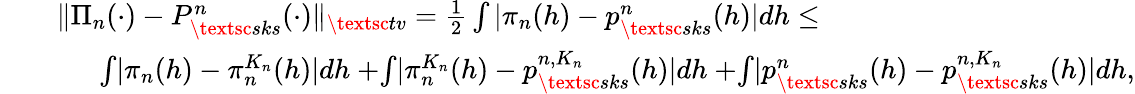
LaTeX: \begin{array}{r}{\begin{array}{rl}{\quad}&{\| \Pi_{n}(\cdot)-P_{\textsc{sks}}^{n}(\cdot)\| _{\textsc{tv}}=\frac{1}{2}\int|\pi_{n}(h)-p_{\textsc{sks}}^{n}(h)|dh\leq}\\ &{\quad\ \ {\int}|\pi_{n}(h)-\pi_{n}^{K_{n}}(h)|dh\ {+}{\int}|\pi_{n}^{K_{n}}(h)-p_{\textsc{sks}}^{n,K_{n}}(h)|dh\ {+}{\int}|p_{\textsc{sks}}^{n}(h)-p_{\textsc{sks}}^{n,K_{n}}(h)|dh,}\end{array}}\end{array}